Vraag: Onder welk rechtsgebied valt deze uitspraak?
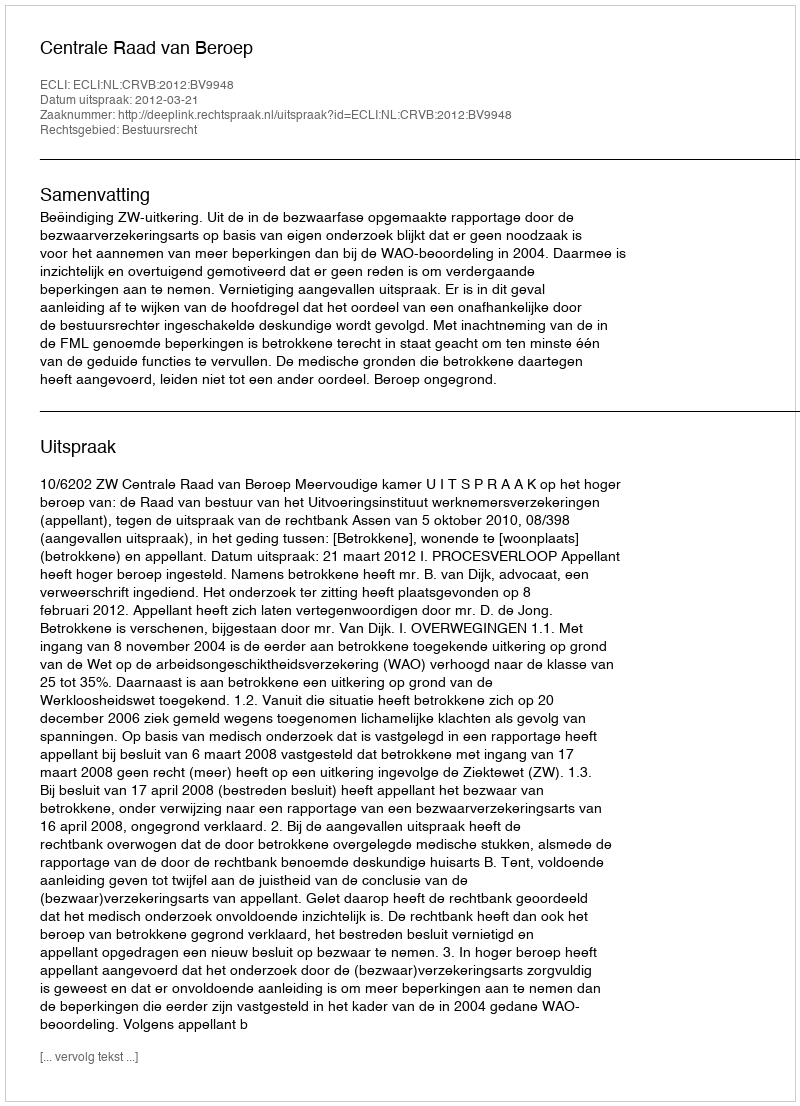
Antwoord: Bestuursrecht